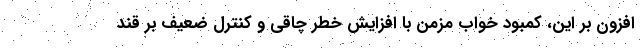
افزون بر این، کمبود خواب مزمن با افزایش خطر چاقی و کنترل ضعیف بر قند